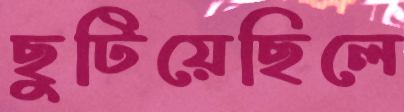
ছুটিয়েছিলে